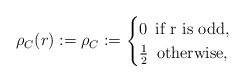
\begin{align*} \rho_C(r):= \rho_C := \begin{cases} 0 \,\,\, \textrm{if r is odd}, \\ \frac{1}{2}\,\,\, \textrm{otherwise}, \end{cases}\end{align*}